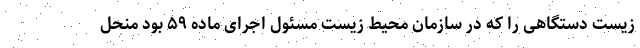
زیست دستگاهی را که در سازمان محیط زیست مسئول اجرای ماده ۵۹ بود منحل